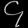
Digit: ၄